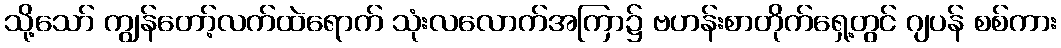
သို့သော် ကျွန်တော့်လက်ထဲရောက် သုံးလလောက်အကြာ၌ ဗဟန်းစာတိုက်ရှေ့တွင် ဂျပန် စစ်ကား